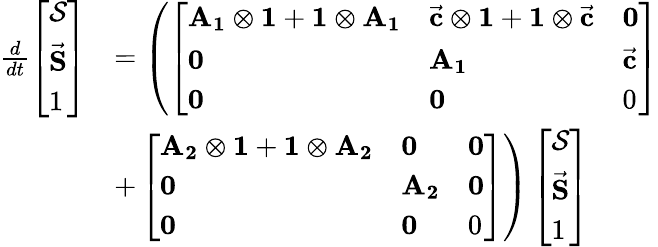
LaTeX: \begin{array}{rl}{\frac{d}{dt}\left[\begin{array}{l}{\mathbf{\mathcal{S}}}\\ {\vec{\mathbf S}}\\ {1}\end{array}\right]}&{=\left(\left[\begin{array}{lll}{\mathbf{A_{1}}\otimes\mathbf{1}+\mathbf{1}\otimes\mathbf{A_{1}}}&{\vec{\mathbf c}\otimes\mathbf{1}+\mathbf{1}\otimes\vec{\mathbf c}}&{\mathbf 0}\\ {\mathbf 0}&{\mathbf{A_{1}}}&{\vec{\mathbf c}}\\ {\mathbf 0}&{\mathbf 0}&{0}\end{array}\right]\right.}\\ &{+\left.\left[\begin{array}{lll}{\mathbf{A_{2}}\otimes\mathbf{1}+\mathbf{1}\otimes\mathbf{A_{2}}}&{\mathbf 0}&{\mathbf 0}\\ {\mathbf 0}&{\mathbf{A_{2}}}&{\mathbf 0}\\ {\mathbf 0}&{\mathbf 0}&{0}\end{array}\right]\right)\left[\begin{array}{l}{\mathcal{S}}\\ {\vec{\mathbf S}}\\ {1}\end{array}\right]}\end{array}